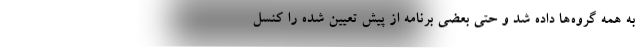
به همه گروه‌ها داده شد و حتی بعضی برنامه از پیش تعیین شده را کنسل